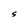
Character: S